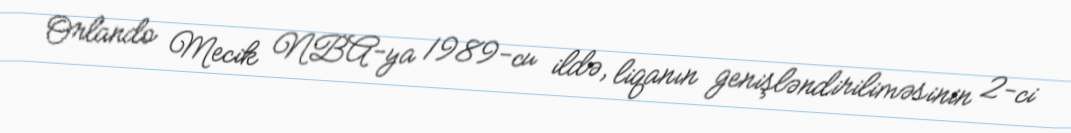
Orlando Mecik NBA-ya 1989-cu ildə, liqanın genişləndiriliməsinin 2-ci